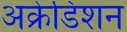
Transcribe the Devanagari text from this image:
अक्रेडिशन